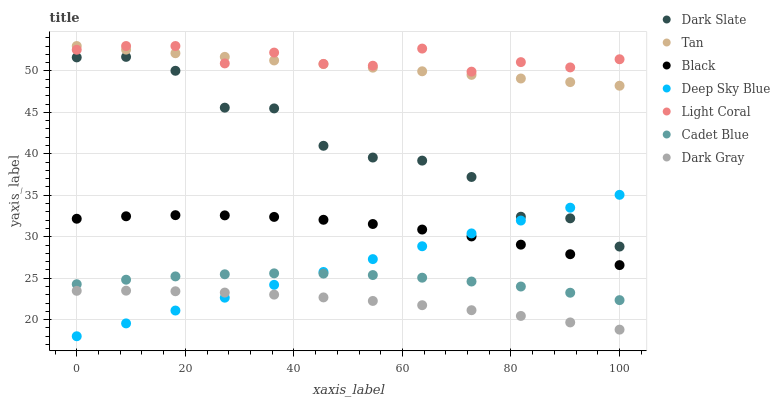
| xaxis_label | Dark Slate | Tan | Black | Deep Sky Blue | Light Coral | Cadet Blue | Dark Gray |
 | --- | --- | --- | --- | --- | --- | --- | --- |
 | 0 | 51.6 | 53 | 32.2 | 18 | 52.5 | 24.3 | 23.5 |
 | 9.09 | 51.7 | 52.6 | 32.5 | 19.6 | 53 | 24.8 | 23.5 |
 | 18.2 | 50 | 52.1 | 32.6 | 21.1 | 53 | 25.2 | 23.4 |
 | 27.3 | 45.6 | 51.7 | 32.6 | 22.7 | 50.9 | 25.5 | 23.3 |
 | 36.4 | 45.5 | 51.3 | 32.4 | 24.2 | 52.2 | 25.6 | 23 |
 | 45.5 | 41 | 50.8 | 32 | 25.8 | 50.8 | 25.6 | 22.7 |
 | 54.5 | 39.6 | 50.4 | 31.5 | 27.3 | 50.6 | 25.4 | 22.3 |
 | 63.6 | 39.2 | 50 | 30.9 | 28.9 | 52.7 | 25.1 | 21.7 |
 | 72.7 | 37.2 | 49.5 | 30 | 30.4 | 49.9 | 24.6 | 21.1 |
 | 81.8 | 32.4 | 49.1 | 29 | 32 | 51.1 | 24 | 20.4 |
 | 90.9 | 32.2 | 48.6 | 27.9 | 33.5 | 50.4 | 23.2 | 19.7 |
 | 100 | 28.8 | 48.2 | 26.6 | 35.1 | 51.4 | 22.4 | 18.8 |